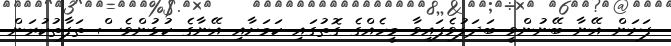
ފަށަން އޭނާ ބޭނުންވީ ބަދަލުވެފައިވާ މީހެއްގެ ގޮތުގައި ކަމަށާއި އޭނާގެ ކުޅުންވެސް ތަފާތުކުރަން